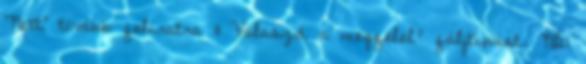
"Next" tovább feliratra 11 Válaszd a megfelel? fáljtípust. NB: